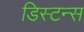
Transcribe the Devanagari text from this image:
डिस्टन्स